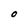
Character: o